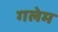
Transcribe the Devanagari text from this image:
गलेम